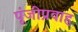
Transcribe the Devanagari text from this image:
पूंजीप्रवाह